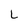
Character: L